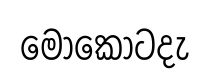
මොකොටදැ